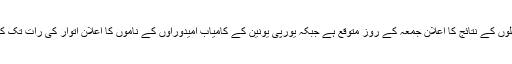
مقامی کونسلوں کے نتائج کا اعلان جمعہ کے روز متوقع ہے جبکہ یورپی یونین کے کامیاب امیدوراوں کے ناموں کا اعلان اتوار کی رات تک کیا جائے گا۔